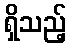
ရှိသည့်